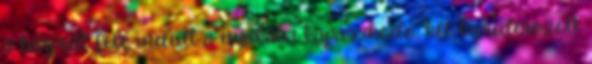
a bárpult felé indult a nyakába kapaszkodó, két kipúderozott